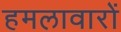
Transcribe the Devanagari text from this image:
हमलावारों